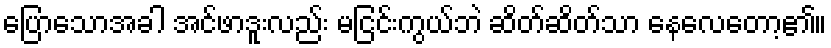
ပြောသောအခါ အင်ဖာဒူးလည်း မငြင်းကွယ်ဘဲ ဆိတ်ဆိတ်သာ နေလေတော့၏။